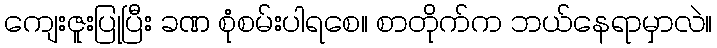
ကျေးဇူးပြုပြီး ခဏ စုံစမ်းပါရစေ။ စာတိုက်က ဘယ်နေရာမှာလဲ။